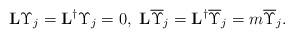
LaTeX: \begin{align*}\mathbf{L}\Upsilon_j=\mathbf{L}^\dagger\Upsilon_j=0,\ \mathbf{L}\overline{\Upsilon}_j=\mathbf{L}^\dagger\overline{\Upsilon}_j=m\overline{\Upsilon}_j. \end{align*}